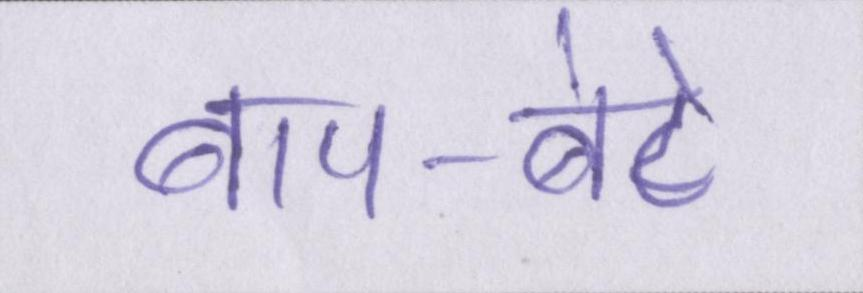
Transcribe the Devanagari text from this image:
बाप-बेटे